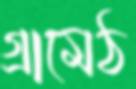
গ্রামেঠ